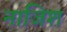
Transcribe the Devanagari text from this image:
नाजिश